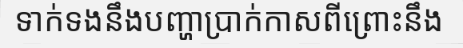
ទាក់ទងនឹងបញ្ហាប្រាក់កាសពីព្រោះនឹង